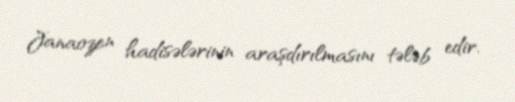
Janaozen hadisələrinin araşdırılmasını tələb edir.